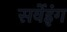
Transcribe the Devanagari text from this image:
सर्वेइंग